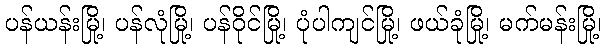
ပန်ယန်းမြို့၊ ပန်လုံမြို့၊ ပန်ဝိုင်မြို့၊ ပုံပါကျင်မြို့၊ ဖယ်ခုံမြို့၊ မက်မန်းမြို့၊